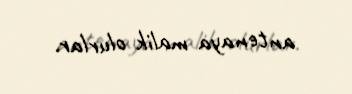
antenaya malik olurlar.